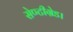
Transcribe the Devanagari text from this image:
सेण्टीग्रेड।